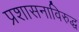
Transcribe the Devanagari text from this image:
प्रशासनाविरुद्ध